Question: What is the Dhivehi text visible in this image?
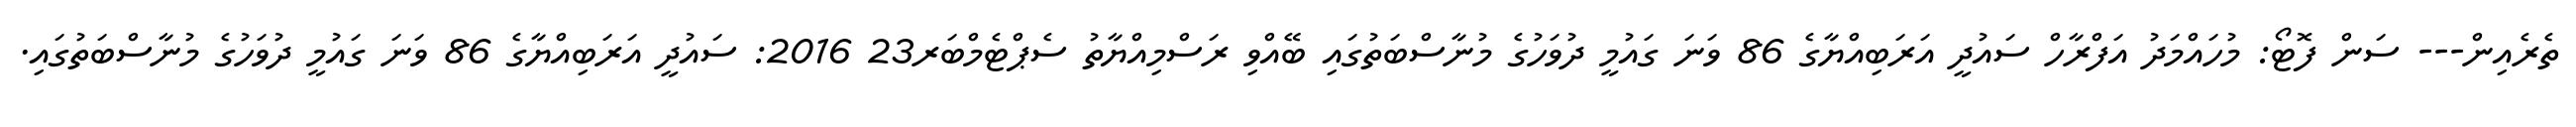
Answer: ތެރެއިން--- ސަން ފޮޓޯ: މުހައްމަދު އަފްރާހް ސައުދީ އަރަބިއްޔާގެ 86 ވަނަ ގައުމީ ދުވަހުގެ މުނާސްބަތުގައި ބޭއްވި ރަސްމިއްޔާތު ސެޕްޓެމްބަރ23 2016: ސައުދީ އަރަބިއްޔާގެ 86 ވަނަ ގައުމީ ދުވަހުގެ މުނާސްބަތުގައި.